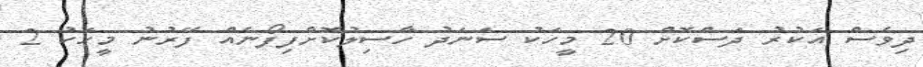
ދިވެސް އަކުރު ދަސްކޮށް 20 މީހަކު ސަނަދު ހާސިލުކޮށްފިފޯނެއް ފޭރުނު މީހަކު 2